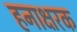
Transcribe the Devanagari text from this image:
हनाक्षरक